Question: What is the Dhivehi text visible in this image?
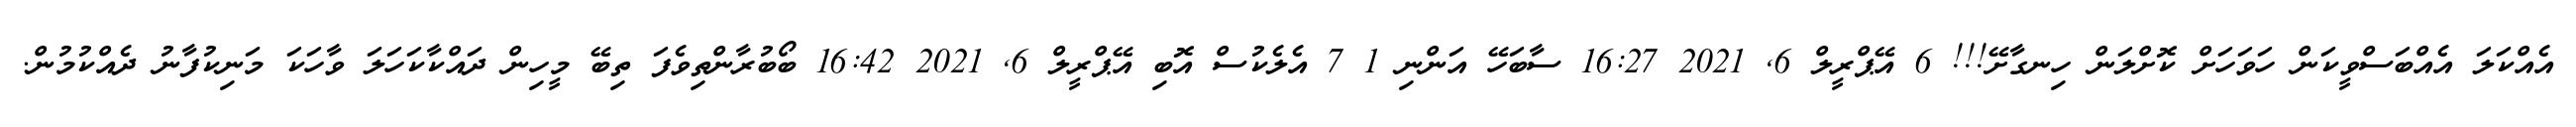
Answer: އެއްކަލަ އެއްބަސްވީކަން ހަވަހަށް ކޮށްލަން ހިނގާށޭ!!! 6 އޭޕްރީލް 6, 2021 16:27 ސާބަހޭ އަންނި 1 7 އެލެކުސް އޮބި އޭޕްރީލް 6, 2021 16:42 ބޯބުރާންތިވެފަ ތިބޭ މީހިން ދައްކާކަހަލަ ވާހަކަ މަނިކުފާނު ދެއްކުމުން.